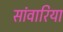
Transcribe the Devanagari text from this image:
सांवारिया